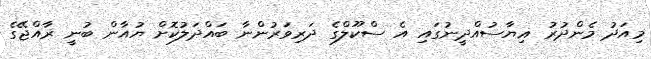
މިއަދު މެންދުރު ޣިޔާސުއްދީނުގައި އެ ސްކޫލްގެ ދަރިވަރުންނާ ބައްދަލުކޮށް ޔުއާން ބުނީ ރާއްޖޭގެ